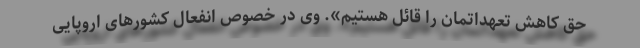
حق کاهش تعهداتمان را قائل هستیم». وی در خصوص انفعال کشورهای اروپایی